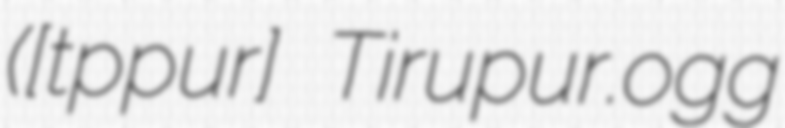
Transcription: ([t̪ɪɾɨppuːr] Tirupur.ogg